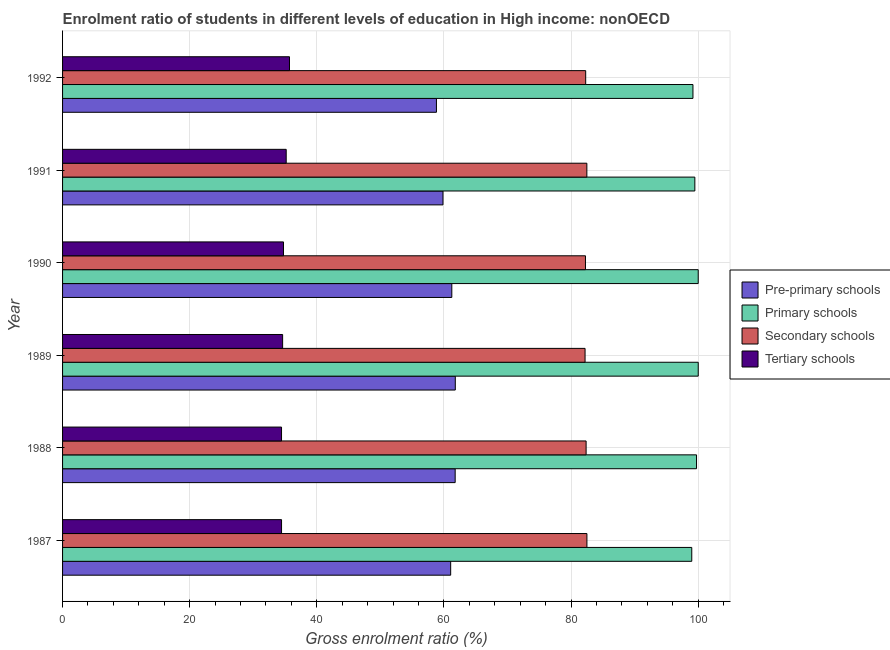
| Year | Pre-primary schools | Primary schools | Secondary schools | Tertiary schools |
 | --- | --- | --- | --- | --- |
 | 1987 | 61.1 | 99 | 82.5 | 34.5 |
 | 1988 | 61.8 | 99.8 | 82.4 | 34.5 |
 | 1989 | 61.8 | 100 | 82.2 | 34.6 |
 | 1990 | 61.2 | 100 | 82.3 | 34.8 |
 | 1991 | 59.9 | 99.5 | 82.5 | 35.2 |
 | 1992 | 58.8 | 99.2 | 82.3 | 35.7 |